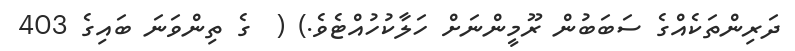
ދަރިންތަކެއްގެ ސަބަބުން ރޫމީންނަށް ހަލާކުހުއްޓެވެ.) (  ގެ ތިންވަނަ ބައިގެ 403